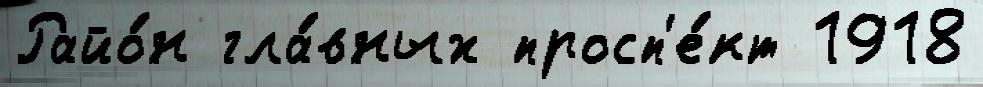
Райо́н гла́вных просп'е́кт 1918